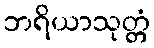
ဘရိယာသုတ္တံ